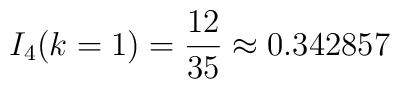
I_4(k=1)=\frac{12}{35}\approx 0.342857